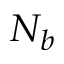
N _ { b }